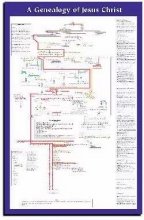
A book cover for Genealogy of Jesus Laminated Wall Chart; Christian Books & Bibles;